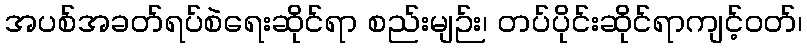
အပစ်အခတ်ရပ်စဲရေးဆိုင်ရာ စည်းမျဉ်း၊ တပ်ပိုင်းဆိုင်ရာကျင့်ဝတ်၊